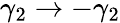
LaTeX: \gamma_{2}\rightarrow-\gamma_{2}